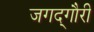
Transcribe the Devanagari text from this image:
जगद्‌गौरी